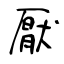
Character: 厭